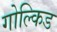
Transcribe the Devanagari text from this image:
गोल्किड